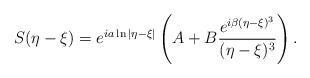
LaTeX: \begin{align*}S(\eta - \xi) = e^{ia \ln|\eta-\xi|} \left(A + B \frac{e^{i\beta (\eta-\xi)^3}}{(\eta-\xi)^3}\right).\end{align*}